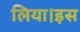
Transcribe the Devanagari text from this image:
लिया।इस